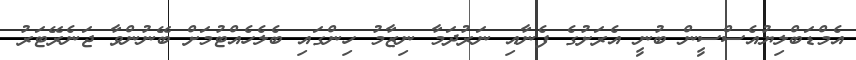
އެމްޑަބްލިޔުއެސްސީން ބުނީ އެރަށުގެ ފެނާއި ނަރުދަމާ ނިޒާމު ހިންގައި ބެލެހެއްޓުމަށް ބޭނުންވާ ޖަނެރޭޓަރު